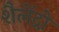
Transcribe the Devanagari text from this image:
शैलेंद्रो